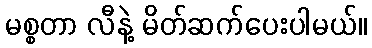
မစ္စတာ လီနဲ့ မိတ်ဆက်ပေးပါမယ်။